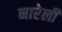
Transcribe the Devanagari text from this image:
नारेली